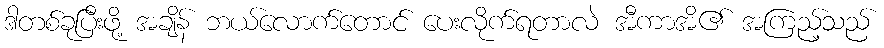
ဒါတစ်ခုပြီးဖို့ အချိန် ဘယ်လောက်တောင် ပေးလိုက်ရတာလဲ အီကာအိ၏ အကြည့်သည်